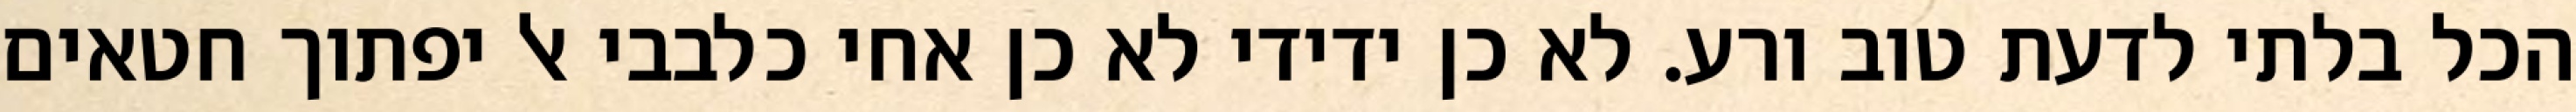
הכל בלתי לדעת טוב ורע. לא כן ידידי לא כן אחי כלבבי אל יפתוך חטאים